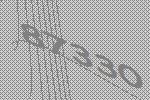
87330